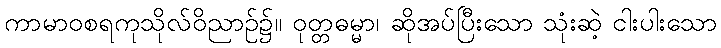
ကာမာဝစရကုသိုလ်ဝိညာဉ်၌။ ဝုတ္တဓမ္မာ၊ ဆိုအပ်ပြီးသော သုံးဆဲ့ ငါးပါးသော